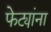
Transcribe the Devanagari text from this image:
फेट्यांना